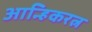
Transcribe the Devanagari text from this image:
आन्हिकरत्न